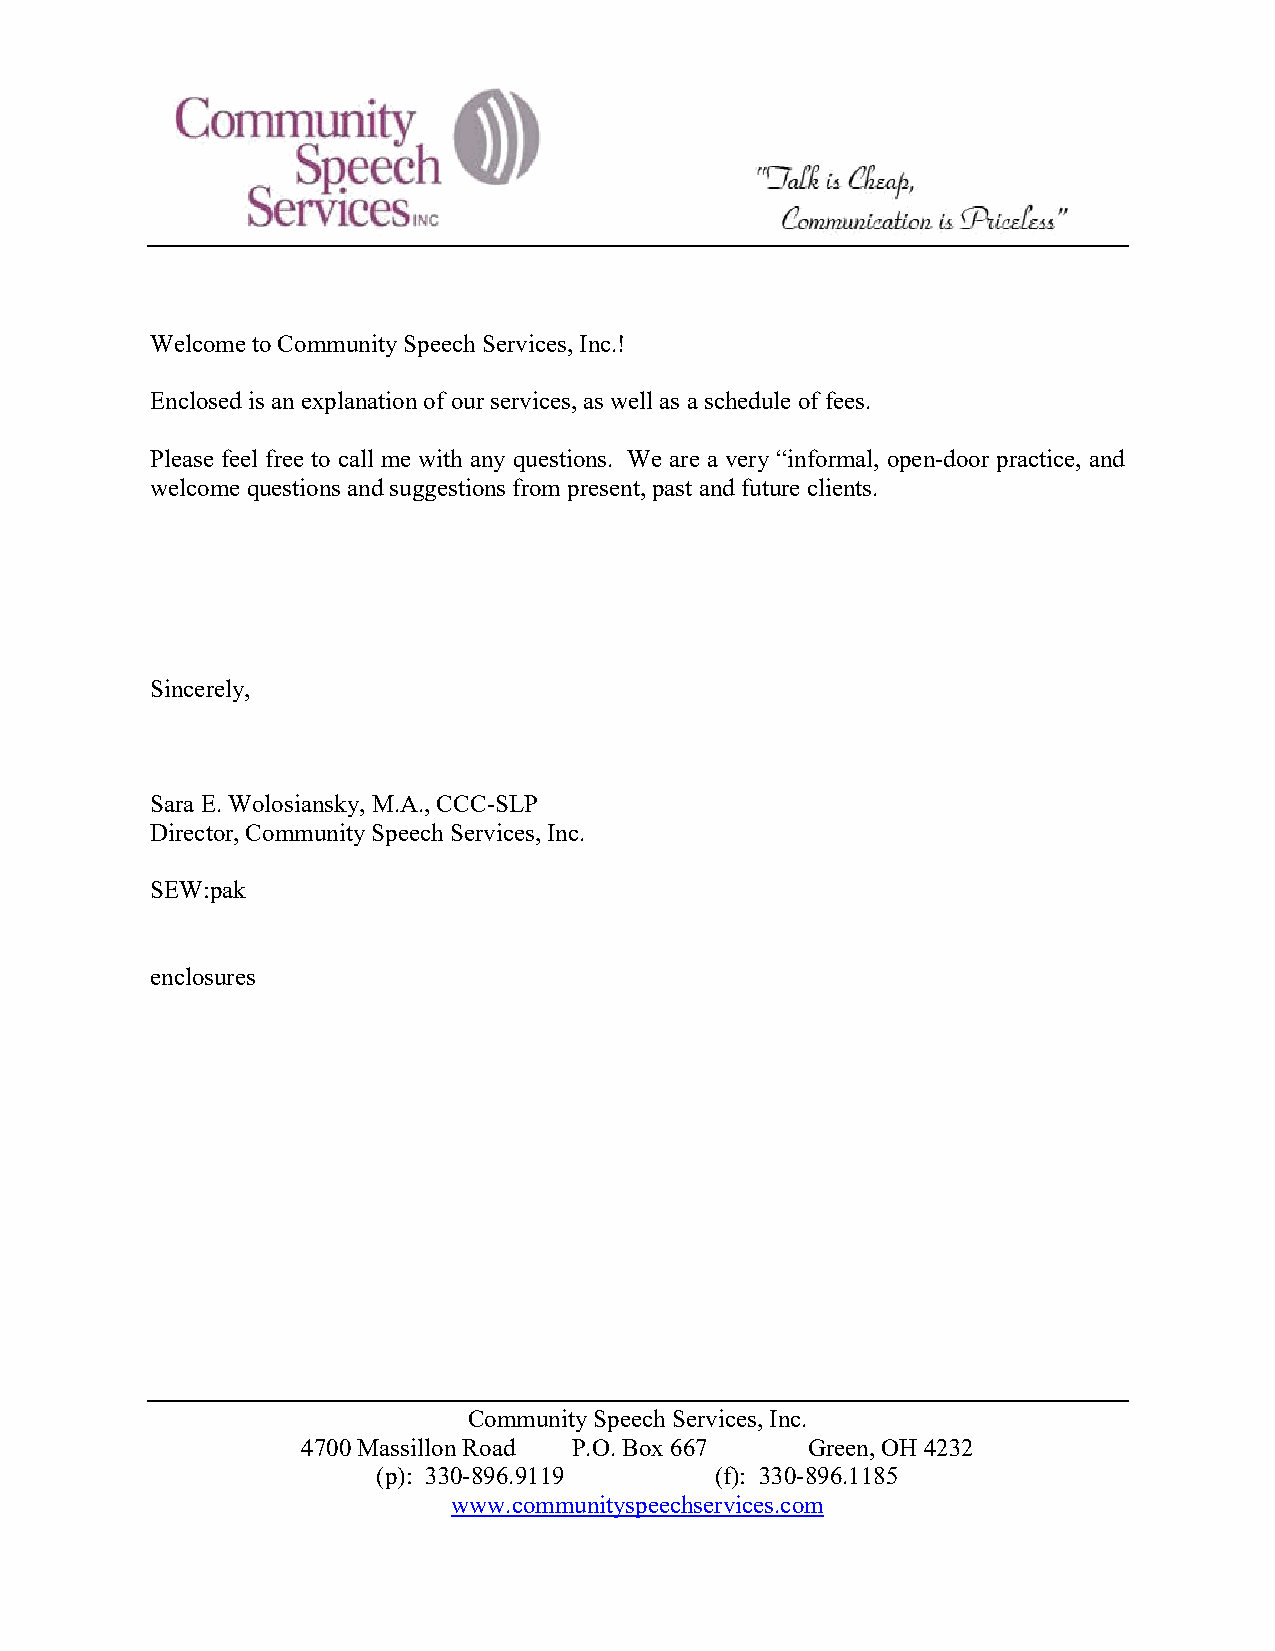
Welcome to Community Speech Services, Inc.!
 Enclosed is an explanation of our services, as well as a schedule of fees.
 Please feel free to call me with any questions. We are a very “informal, open-door practice, and
 welcome questions and suggestions from present, past and future clients.
 Sincerely,
 Sara E. Wolosiansky, M.A., CCC-SLP
 Director, Community Speech Services, Inc.
 SEW:pak
 enclosures
 Community Speech Services, Inc.
 4700 Massillon Road P.O. Box 667 Green, OH 4232
 (p): 330-896.9119     (f): 330-896.1185
 www.communityspeechservices.com